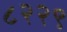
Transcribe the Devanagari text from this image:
८२२९